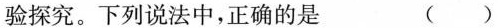
验探究。下列说法中，正确的是 ( )